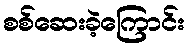
စစ်ဆေးခဲ့ကြောင်း